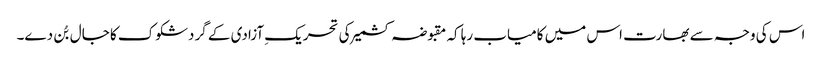
اس کی وجہ سے بھارت اس میں کامیاب رہا کہ مقبوضہ کشمیر کی تحریکِ آزادی کے گردشکوک کا جال بُن دے۔